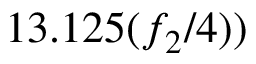
1 3 . 1 2 5 ( { f _ { 2 } } / { 4 } ) )